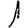
Digit: 1